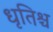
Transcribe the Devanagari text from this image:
धृतिश्च